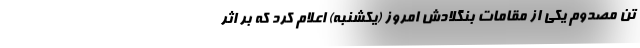
تن مصدوم یکی از مقامات بنگلادش امروز (یکشنبه) اعلام کرد که بر اثر